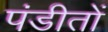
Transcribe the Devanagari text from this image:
पंडीतों